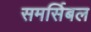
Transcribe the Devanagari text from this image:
समर्सिबल